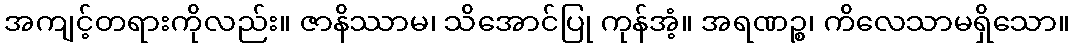
အကျင့်တရားကိုလည်း။ ဇာနိဿာမ၊ သိအောင်ပြု ကုန်အံ့။ အရဏဉ္စ၊ ကိလေသာမရှိသော။